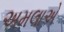
અમલાએ